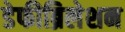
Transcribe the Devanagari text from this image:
डेफीब्रिलेशन